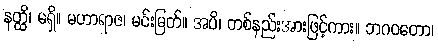
နတ္ထိ၊ မရှိ။ မဟာရာဇ၊ မင်းမြတ်။ အပိ၊ တစ်နည်းအားဖြင့်ကား။ ဘဂဝတော၊